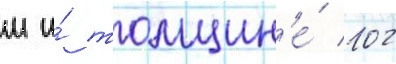
м и́ толщин'е́ 102